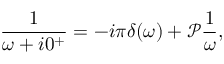
\frac { 1 } { \omega + i 0 ^ { + } } = - i \pi \delta ( \omega ) + \mathcal { P } \frac { 1 } { \omega } ,